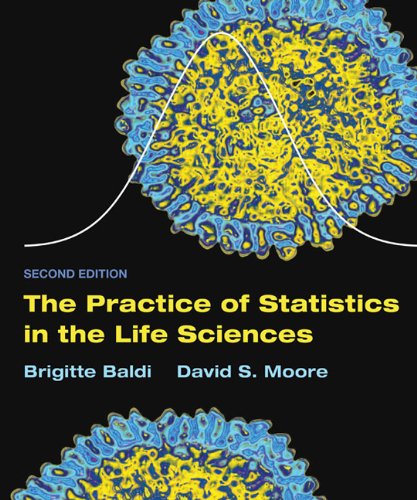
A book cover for The Practice of Statistics in the Life Sciences: w/Student CD; Brigitte Baldi; Medical Books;